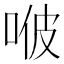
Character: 𠳩